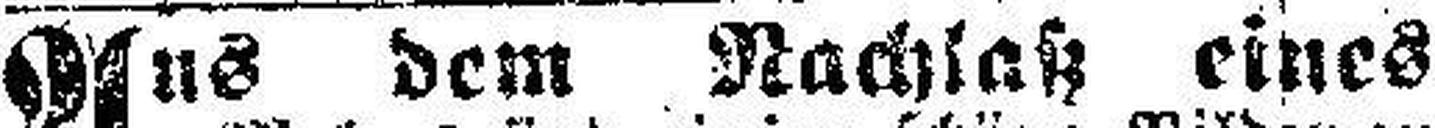
Aus dem Nachlaß eines